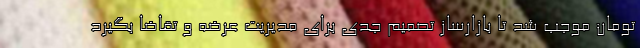
تومان موجب شد تا بازارساز تصمیم جدی برای مدیریت عرضه و تقاضا بگیرد